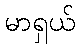
မာရှယ်